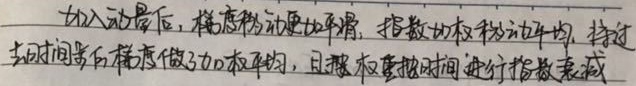
加入动画后，样点移动更加平滑，指数加权移动平均，经过一段时间后样点做加权平均，且权重要按时间进行指数衰减。